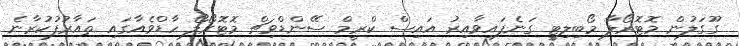
ގޫގަލުން މޮޓޮރޯލާ މޯބިލިޓީ ގަނެފައިވާއިރު އައިސް ކްރީމް ސޭންޑްވިޗް މޮޓޮރޯލޯ ހާޑްވެއާގައި ތައާރުފުކުރާނެ